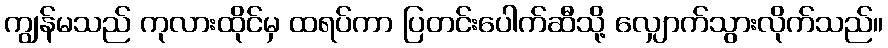
ကျွန်မသည် ကုလားထိုင်မှ ထရပ်ကာ ပြတင်းပေါက်ဆီသို့ လျှောက်သွားလိုက်သည်။